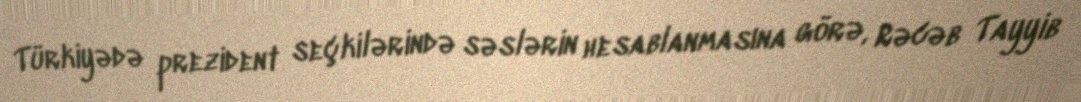
Türkiyədə prezident seçkilərində səslərin hesablanmasına görə, Rəcəb Tayyib